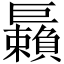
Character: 𢀲